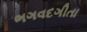
ભગવદગીતા